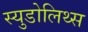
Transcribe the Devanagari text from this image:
स्युडोलिथ्स